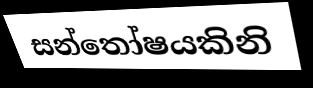
සන්තෝෂයකිනි